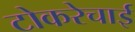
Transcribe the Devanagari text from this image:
टोकरेचाई